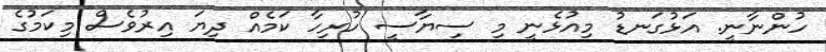
ހުންނާނީ. އަޅުގަނޑު މިއުޅެނީ މި ސިޔާސީ ހުރިހާ ކަމެއް ދިޔަ އިރުވެސް މިކަމުގެ